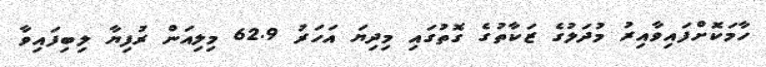
ހާމަކޮށްފައިވާއިރު މުދަލުގެ ޒަކާތުގެ ގޮތުގައި މިދިޔަ އަހަރު 62.9 މިލިއަން ރުފިޔާ ލިބިފައިވާ